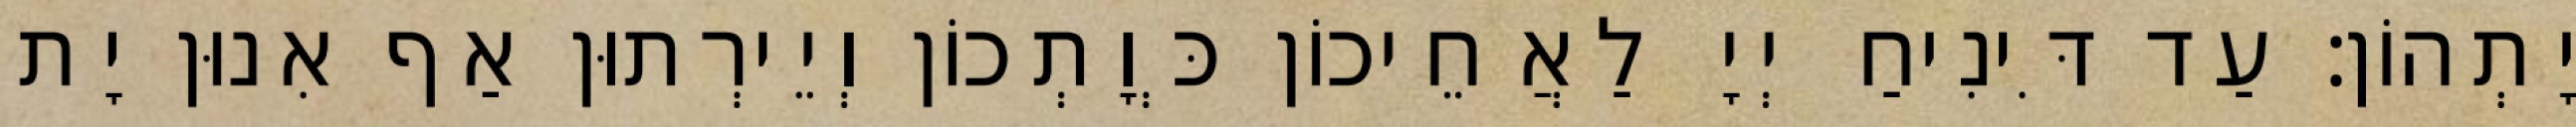
יָתְהוֹן׃ עַד דִּינִיחַ יְיָ לַאֲחֵיכוֹן כְּוָתְכוֹן וְיֵירְתוּן אַף אִנוּן יָת